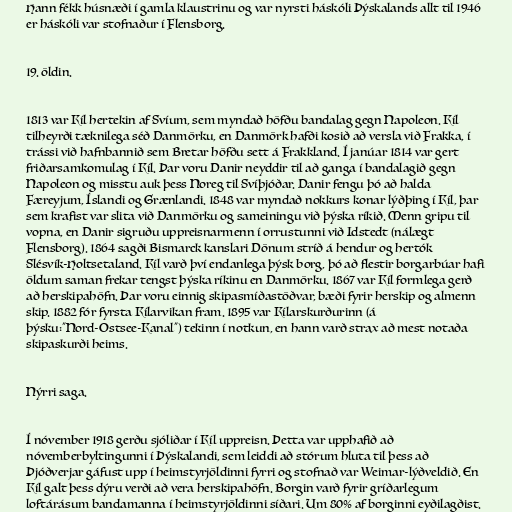
Hann fékk húsnæði í gamla klaustrinu og var nyrsti háskóli Þýskalands allt til 1946
er háskóli var stofnaður í Flensborg.

19. öldin.

1813 var Kíl hertekin af Svíum, sem myndað höfðu bandalag gegn Napoleon. Kíl
tilheyrði tæknilega séð Danmörku, en Danmörk hafði kosið að versla við Frakka, í
trássi við hafnbannið sem Bretar höfðu sett á Frakkland. Í janúar 1814 var gert
friðarsamkomulag í Kíl. Þar voru Danir neyddir til að ganga í bandalagið gegn
Napoleon og misstu auk þess Noreg til Svíþjóðar. Danir fengu þó að halda
Færeyjum, Íslandi og Grænlandi. 1848 var myndað nokkurs konar lýðþing í Kíl, þar
sem krafist var slita við Danmörku og sameiningu við þýska ríkið. Menn gripu til
vopna, en Danir sigruðu uppreisnarmenn í orrustunni við Idstedt (nálægt
Flensborg). 1864 sagði Bismarck kanslari Dönum stríð á hendur og hertók
Slésvík-Holtsetaland. Kíl varð því endanlega þýsk borg, þó að flestir borgarbúar hafi
öldum saman frekar tengst þýska ríkinu en Danmörku. 1867 var Kíl formlega gerð
að herskipahöfn. Þar voru einnig skipasmíðastöðvar, bæði fyrir herskip og almenn
skip. 1882 fór fyrsta Kílarvikan fram. 1895 var Kílarskurðurinn (á
þýsku:"Nord-Ostsee-Kanal") tekinn í notkun, en hann varð strax að mest notaða
skipaskurði heims.

Nýrri saga.

Í nóvember 1918 gerðu sjóliðar í Kíl uppreisn. Þetta var upphafið að
nóvemberbyltingunni í Þýskalandi, sem leiddi að stórum hluta til þess að
Þjóðverjar gáfust upp í heimstyrjöldinni fyrri og stofnað var Weimar-lýðveldið. En
Kíl galt þess dýru verði að vera herskipahöfn. Borgin varð fyrir gríðarlegum
loftárásum bandamanna í heimstyrjöldinni síðari. Um 80% af borginni eyðilagðist.